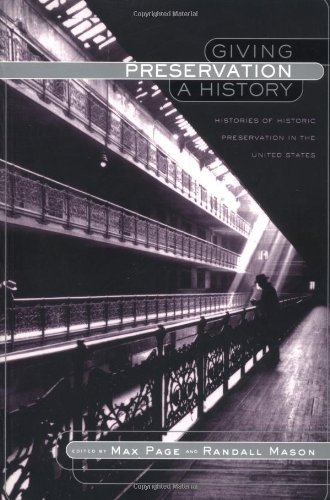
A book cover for Giving Preservation a History: Histories of Historic Preservation in the United States; Arts & Photography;